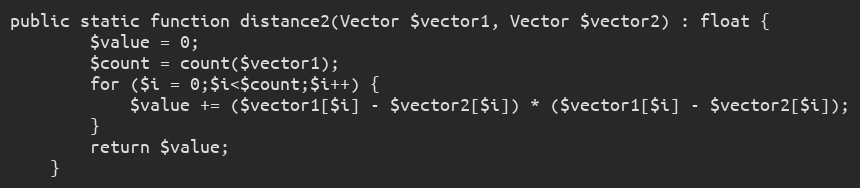
Language: PHP
public static function distance2(Vector $vector1, Vector $vector2) : float {
        $value = 0;
        $count = count($vector1);
        for ($i = 0;$i<$count;$i++) {
            $value += ($vector1[$i] - $vector2[$i]) * ($vector1[$i] - $vector2[$i]);
        }
        return $value;
    }